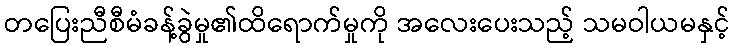
တပြေးညီစီမံခန့်ခွဲမှု၏ထိရောက်မှုကို အလေးပေးသည့် သမဝါယမနှင့်